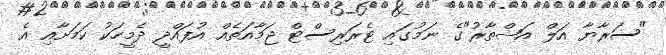
"ސަރާޔާ އަލް އަޝްތާރު"ގެ ނަމުގައި ޓެރަރިސްޓް ޖަމާއަތެއް އުފައްދީ ދެމީހަކު ކަމަށާއި އެ